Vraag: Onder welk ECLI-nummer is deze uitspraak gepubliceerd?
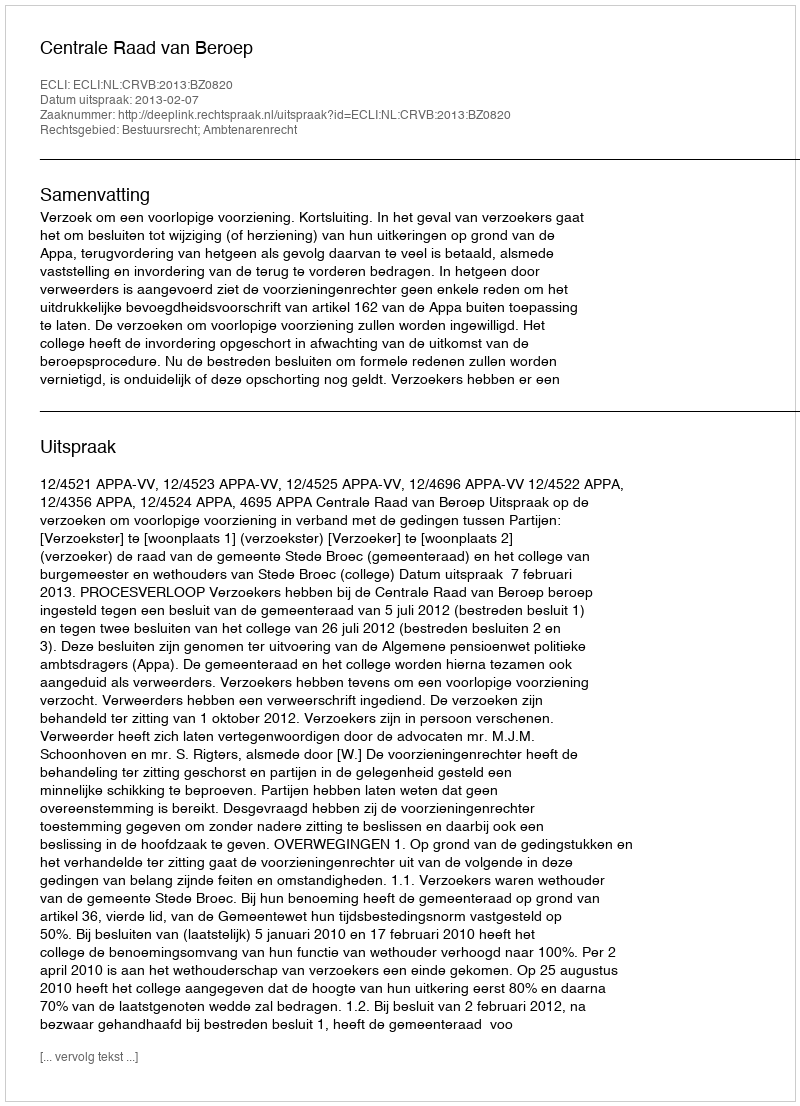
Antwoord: ECLI:NL:CRVB:2013:BZ0820